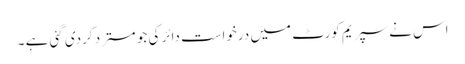
اس نے سپریم کورٹ میں درخواست دائر کی جو مسترد کردی گئی ہے ۔